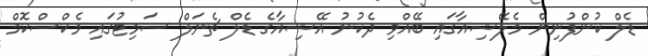
ޑެލް ކުންފުނިން މެލޭޝިއާގައި ބޭއްވި ދެކުނު އޭޝިއާގެ ޑެލް ޗެނަލް ސަމިޓުގައި މެކްސްކޮމް